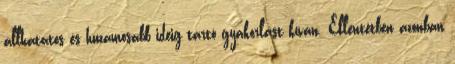
állhatatos és huzamosabb ideig tartó gyakorlást kíván. Ellentétben azonban